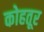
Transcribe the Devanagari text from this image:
कोहतूर